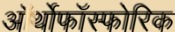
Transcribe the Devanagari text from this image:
ऑर्थोफाॅस्फोरिक